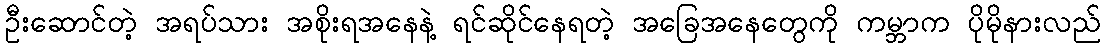
ဦးဆောင်တဲ့ အရပ်သား အစိုးရအနေနဲ့ ရင်ဆိုင်နေရတဲ့ အခြေအနေတွေကို ကမ္ဘာက ပိုမိုနားလည်